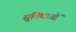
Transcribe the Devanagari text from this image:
सु्विधाओं